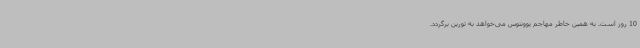
10 روز است. به همین خاطر مهاجم یوونتوس می‌خواهد به تورین برگردد.